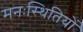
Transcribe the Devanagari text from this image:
मनःस्थितियों